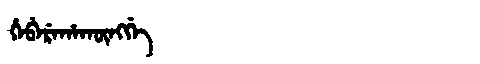
Manchu: ᡥᡝᠪᡝᡵᡝᡥᠠᡴᡡᠩᡤᡝ
Romanization: HEBEREHAKŪNGGE